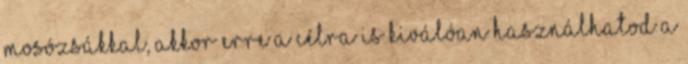
mosózsákkal, akkor erre a célra is kiválóan használhatod a